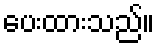
ပေးထားသည်။